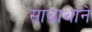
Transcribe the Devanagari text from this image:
साब्राथाने